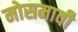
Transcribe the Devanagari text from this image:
मोसमावी